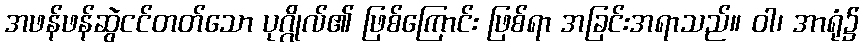
အဖန်ဖန်ဆွဲငင်တတ်သော ပုဂ္ဂိုလ်၏ ဖြစ်ကြောင်း ဖြစ်ရာ အခြင်းအရာသည်။ ဝါ၊ အာရုံ၌